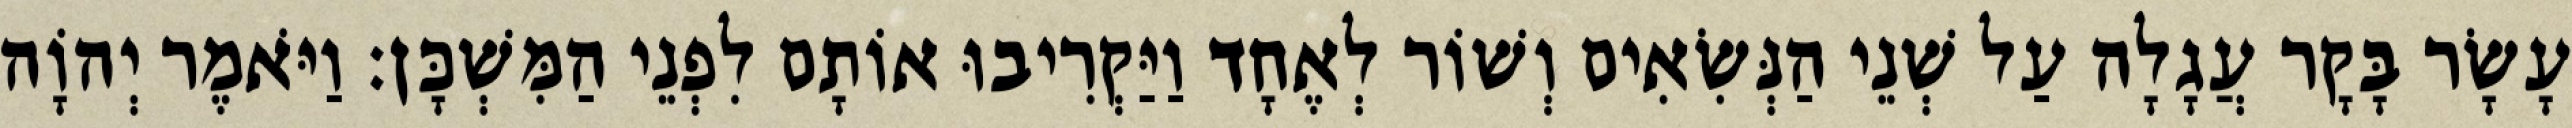
עָשָׂר בָּקָר עֲגָלָה עַל שְׁנֵי הַנְּשִׂאִים וְשׁוֹר לְאֶחָד וַיַּקְרִיבוּ אוֹתָם לִפְנֵי הַמִּשְׁכָּן׃ וַיֹּאמֶר יְהוָֹה